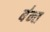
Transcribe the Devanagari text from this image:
ब॑न्त